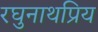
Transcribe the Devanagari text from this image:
रघुनाथप्रिय